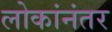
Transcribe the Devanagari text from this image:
लोकांनंतर